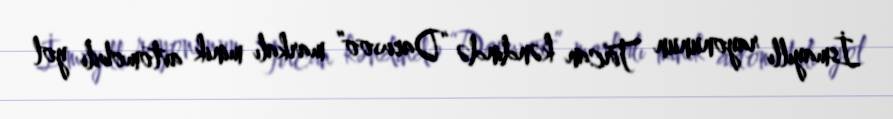
İsmayıllı rayonunun Tircan kəndində “Daewoo” markalı minik avtomobili yol